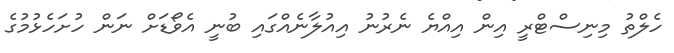
ހެލްތު މިނިސްޓްރީ އިން އިއްޔެ ނެރުނު އިއުލާނެއްގައި ބުނީ އެވޯޑަށް ނަން ހުށަހެޅުމުގެ